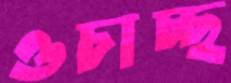
ওচাচ্ছ